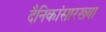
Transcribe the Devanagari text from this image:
दैनिकांसारख्या